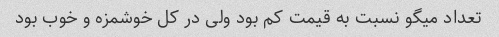
تعداد میگو نسبت به قیمت کم بود ولی در کل خوشمزه و خوب بود